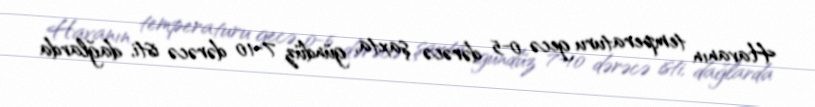
Havanın temperaturu gecə 0-5 dərəcə şaxta, gündüz 7-10 dərəcə isti, dağlarda